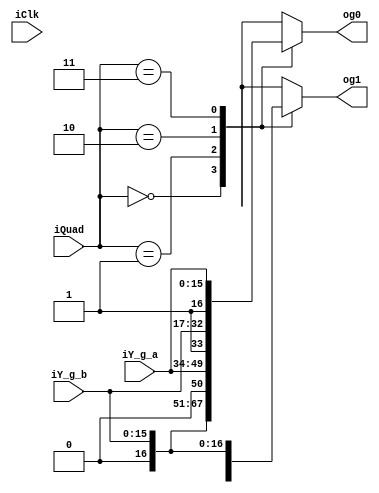
`timescale 1ns / 1ps
//////////////////////////////////////////////////////////////////////////////////
// Company: 
// 
// Design Name: 
// Module Name: cos_sine_reconst
// Project Name: 
// Target Devices: 
// Tool Versions: 
// Description: 
// 
// Dependencies: 
// 
// Revision:
// Revision 0.01 - File Created
// Additional Comments:
// 
//////////////////////////////////////////////////////////////////////////////////


module Cos_sine_reconst
(
  input [1:0]iQuad,
  input iClk,
  input [15:0]iY_g_a,
  input [15:0]iY_g_b,  
  output [16:0]og0,
  output  [16:0]og1  
);
  
  reg [16:0] rg0;
  reg [16:0] rg1;
  
  assign og0 = rg0;
  assign og1 = rg1;
  
  //choose the quadrant
  always@*
   begin
     case(iQuad)
     2'b00: begin
              rg0 = {1'b0, iY_g_b};
              rg1 = {1'b0, iY_g_a};
            end
            
     2'b01: begin
              rg0 = {1'b0, iY_g_a};
              rg1 = {1'b1, iY_g_b};
            end
            
     2'b10: begin
              rg0 = {1'b1, iY_g_b};
              rg1 = {1'b1, iY_g_a}; 
            end
            
     2'b11: begin
              rg0 = {1'b1, iY_g_a};
              rg1 = {1'b0, iY_g_b};    
            end
            
     default : $display("Error in iQuad");   
     endcase
   end                          
endmodule